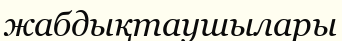
жабдықтаушылары